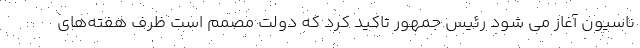
ناسیون آغاز می شود رئیس جمهور تاکید کرد که دولت مصمم است ظرف هفته‌های